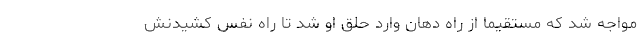
مواجه شد که مستقیماً از راه دهان وارد حلق او شد تا راه نفس کشیدنش